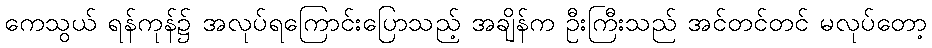
ကေသွယ် ရန်ကုန်၌ အလုပ်ရကြောင်းပြောသည့် အချိန်က ဦးကြီးသည် အင်တင်တင် မလုပ်တော့